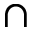
\cap